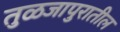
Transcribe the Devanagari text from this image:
तुळजापुरातील